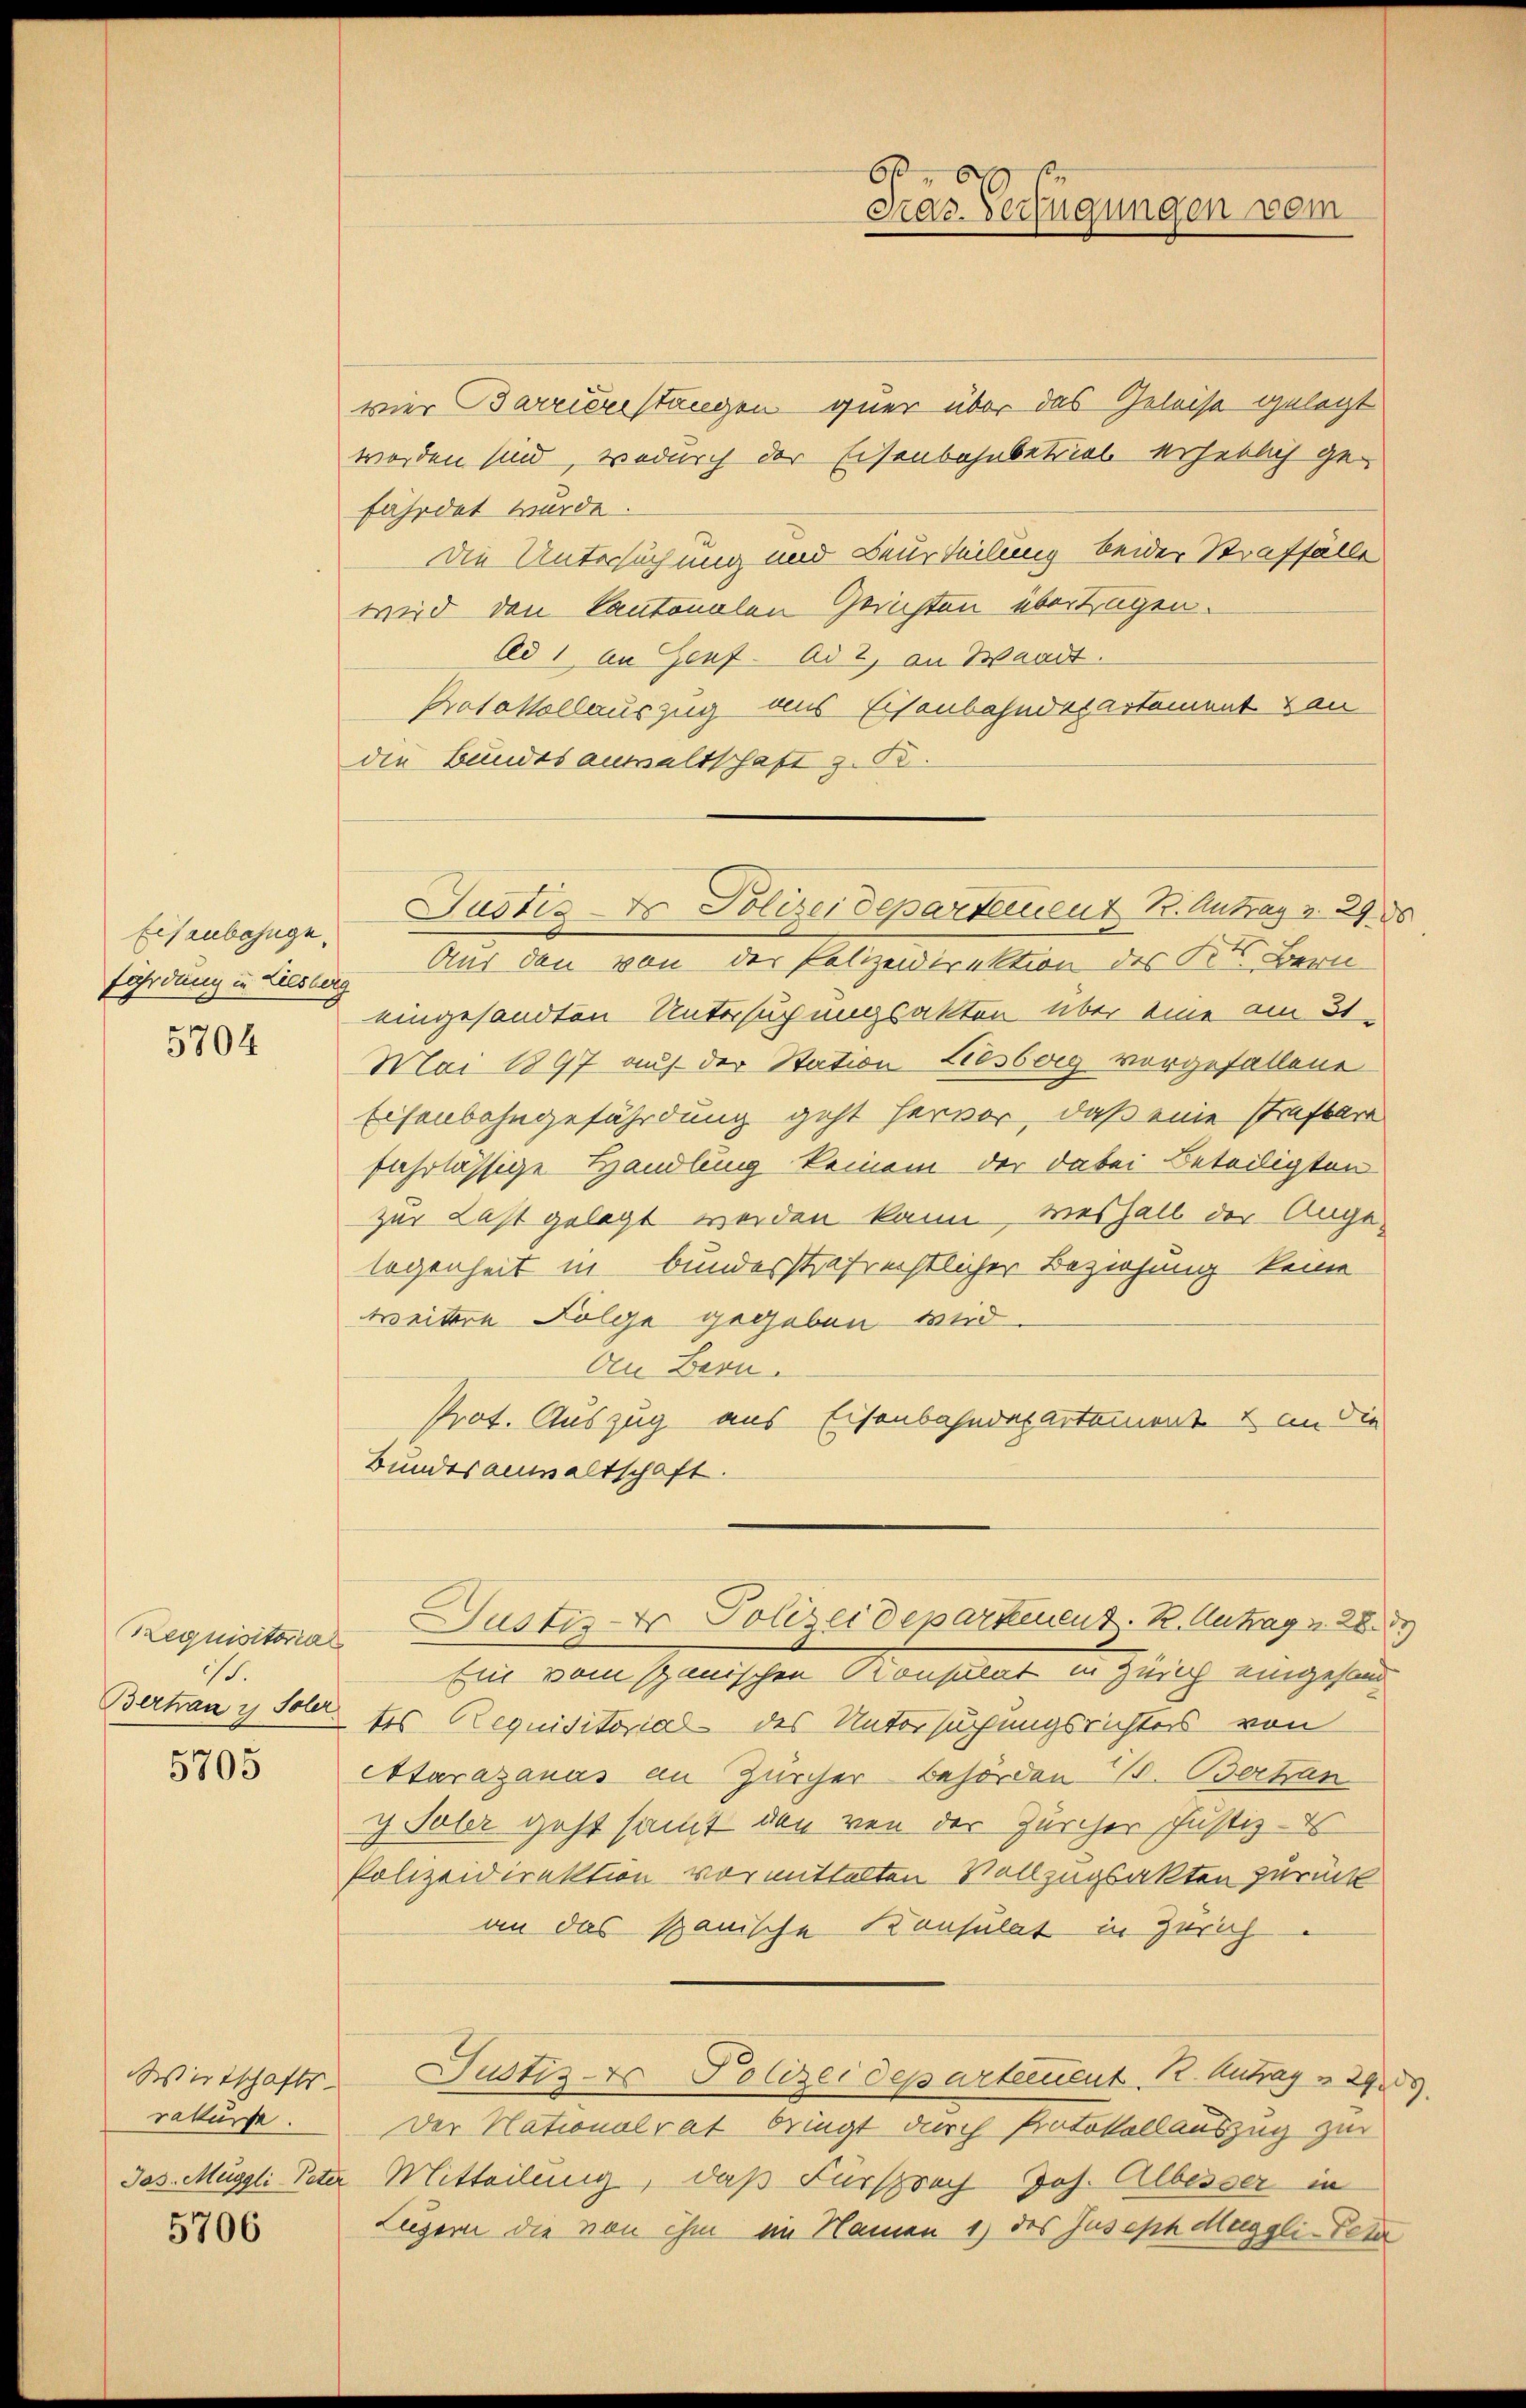
Eisenbahngefährdung in Liesberg

5704

Requisitoria
ist.
Bertrau in Soler

5705

rakurse.

5706

vier Barrienstangen quer über das Geleise gelegt
worden sind, wodurch der Eisenbahnbetrieb erheblich gefährdet wurde.
Die Untersuchung und Beurteilung beider Straffälle
wird den kantonalen Gerichten übertragen.
Ad 1 an Genf ad 2, an Waadt.
Protokollauszug aus Eisenbahndepartement von
die Bundesanwaltschaft z. B.
Aus den von der Polizeidirektion des Kt. Bern
eingesandten Untersuchungsakten über eine am 31.
Mai 1897 auf der Station Liesberg vorgefallene
Eisenbahngefährdung geht hervor, daß eine Strafbare
fahrlässige Handlung keinem der dabei Beteiligten
zur Last gelegt werden kann, weshalb der Ange-
legenheit in bundesstrafrechtlicher Beziehung keine
weitere Folge gegeben wird.
An Bern.
Prot. Auszug aus Eisenbahndepartement & an die
Bundesanwaltschaft.
Justiz-Er Polizeidepartement. B. Antrag v. 28
Ein vom spanischen Konsulat in Zürich eingesand
tes Requisitorial des Untersuchungsrichters von
Atarazanus an Zürcher Behörden 11. Bertan
g Saler geht samt den von der Zürcher Justiz - es
Polizeidirektion vormittelten Vollzugsakten zurück
an das spanische Konsulat in Zürich
Wirtschafts- Justiz- & Polizeidepartement. 12. Antrag v. 299.
Der Nationalrat bringt durch Protokollauszug zur
Jos. Muggli Peter Mitteilung, daß Fürsprach Joh. Albesser in
Luzern die von ihm im Namen 1) des Juseph Muggli-Peter

Justis Polizeidepartement B. Antrag v. 2920

Fras Verfügungen vom